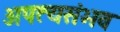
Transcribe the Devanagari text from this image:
अपत्यसंभव